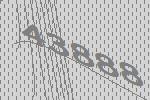
43888